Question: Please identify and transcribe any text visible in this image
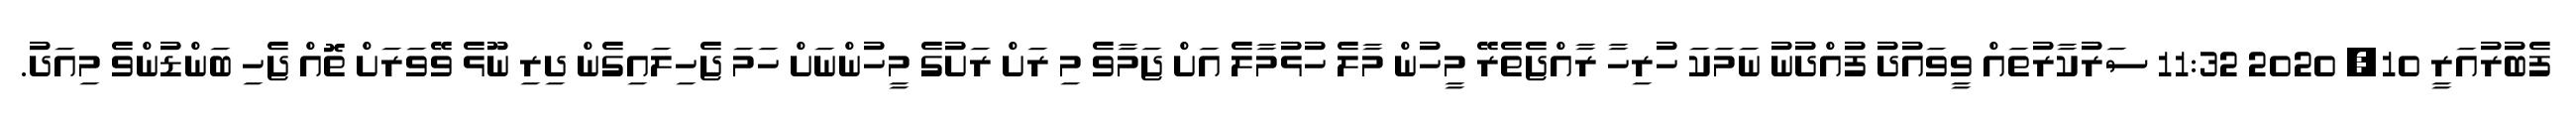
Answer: ފެބުރުއަރީ 10, 2020 11:32 ސަރުކާރުތައް ވީވައުދު ފުއްދުނު ނަމަކަ ހުރިހާ ރާއްޖެތެރޭ މީހުން މާލެ ހުޅުމާލެ އަށް ޖަމާވެ މި ރަށް ރަށުގެ މީހުންނަށް ހަމަ ޖެހިލައިގެން ދިރި ނޫޅެ ވޭވަރަށް ތޮއް ޖެހި ބަންޑުންވެ މިއަދު.